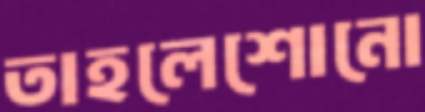
তাহলেশোনো